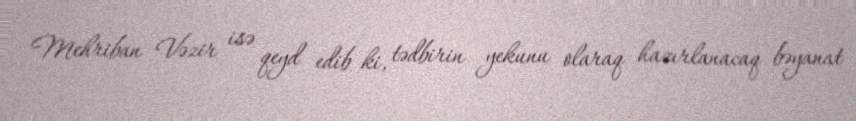
Mehriban Vəzir isə qeyd edib ki, tədbirin yekunu olaraq hazırlanacaq bəyanat